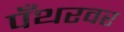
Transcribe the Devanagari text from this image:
पँथरवर